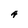
Character: A